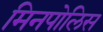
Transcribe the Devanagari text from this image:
मिनपोलिस